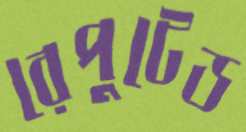
রেপুটেড